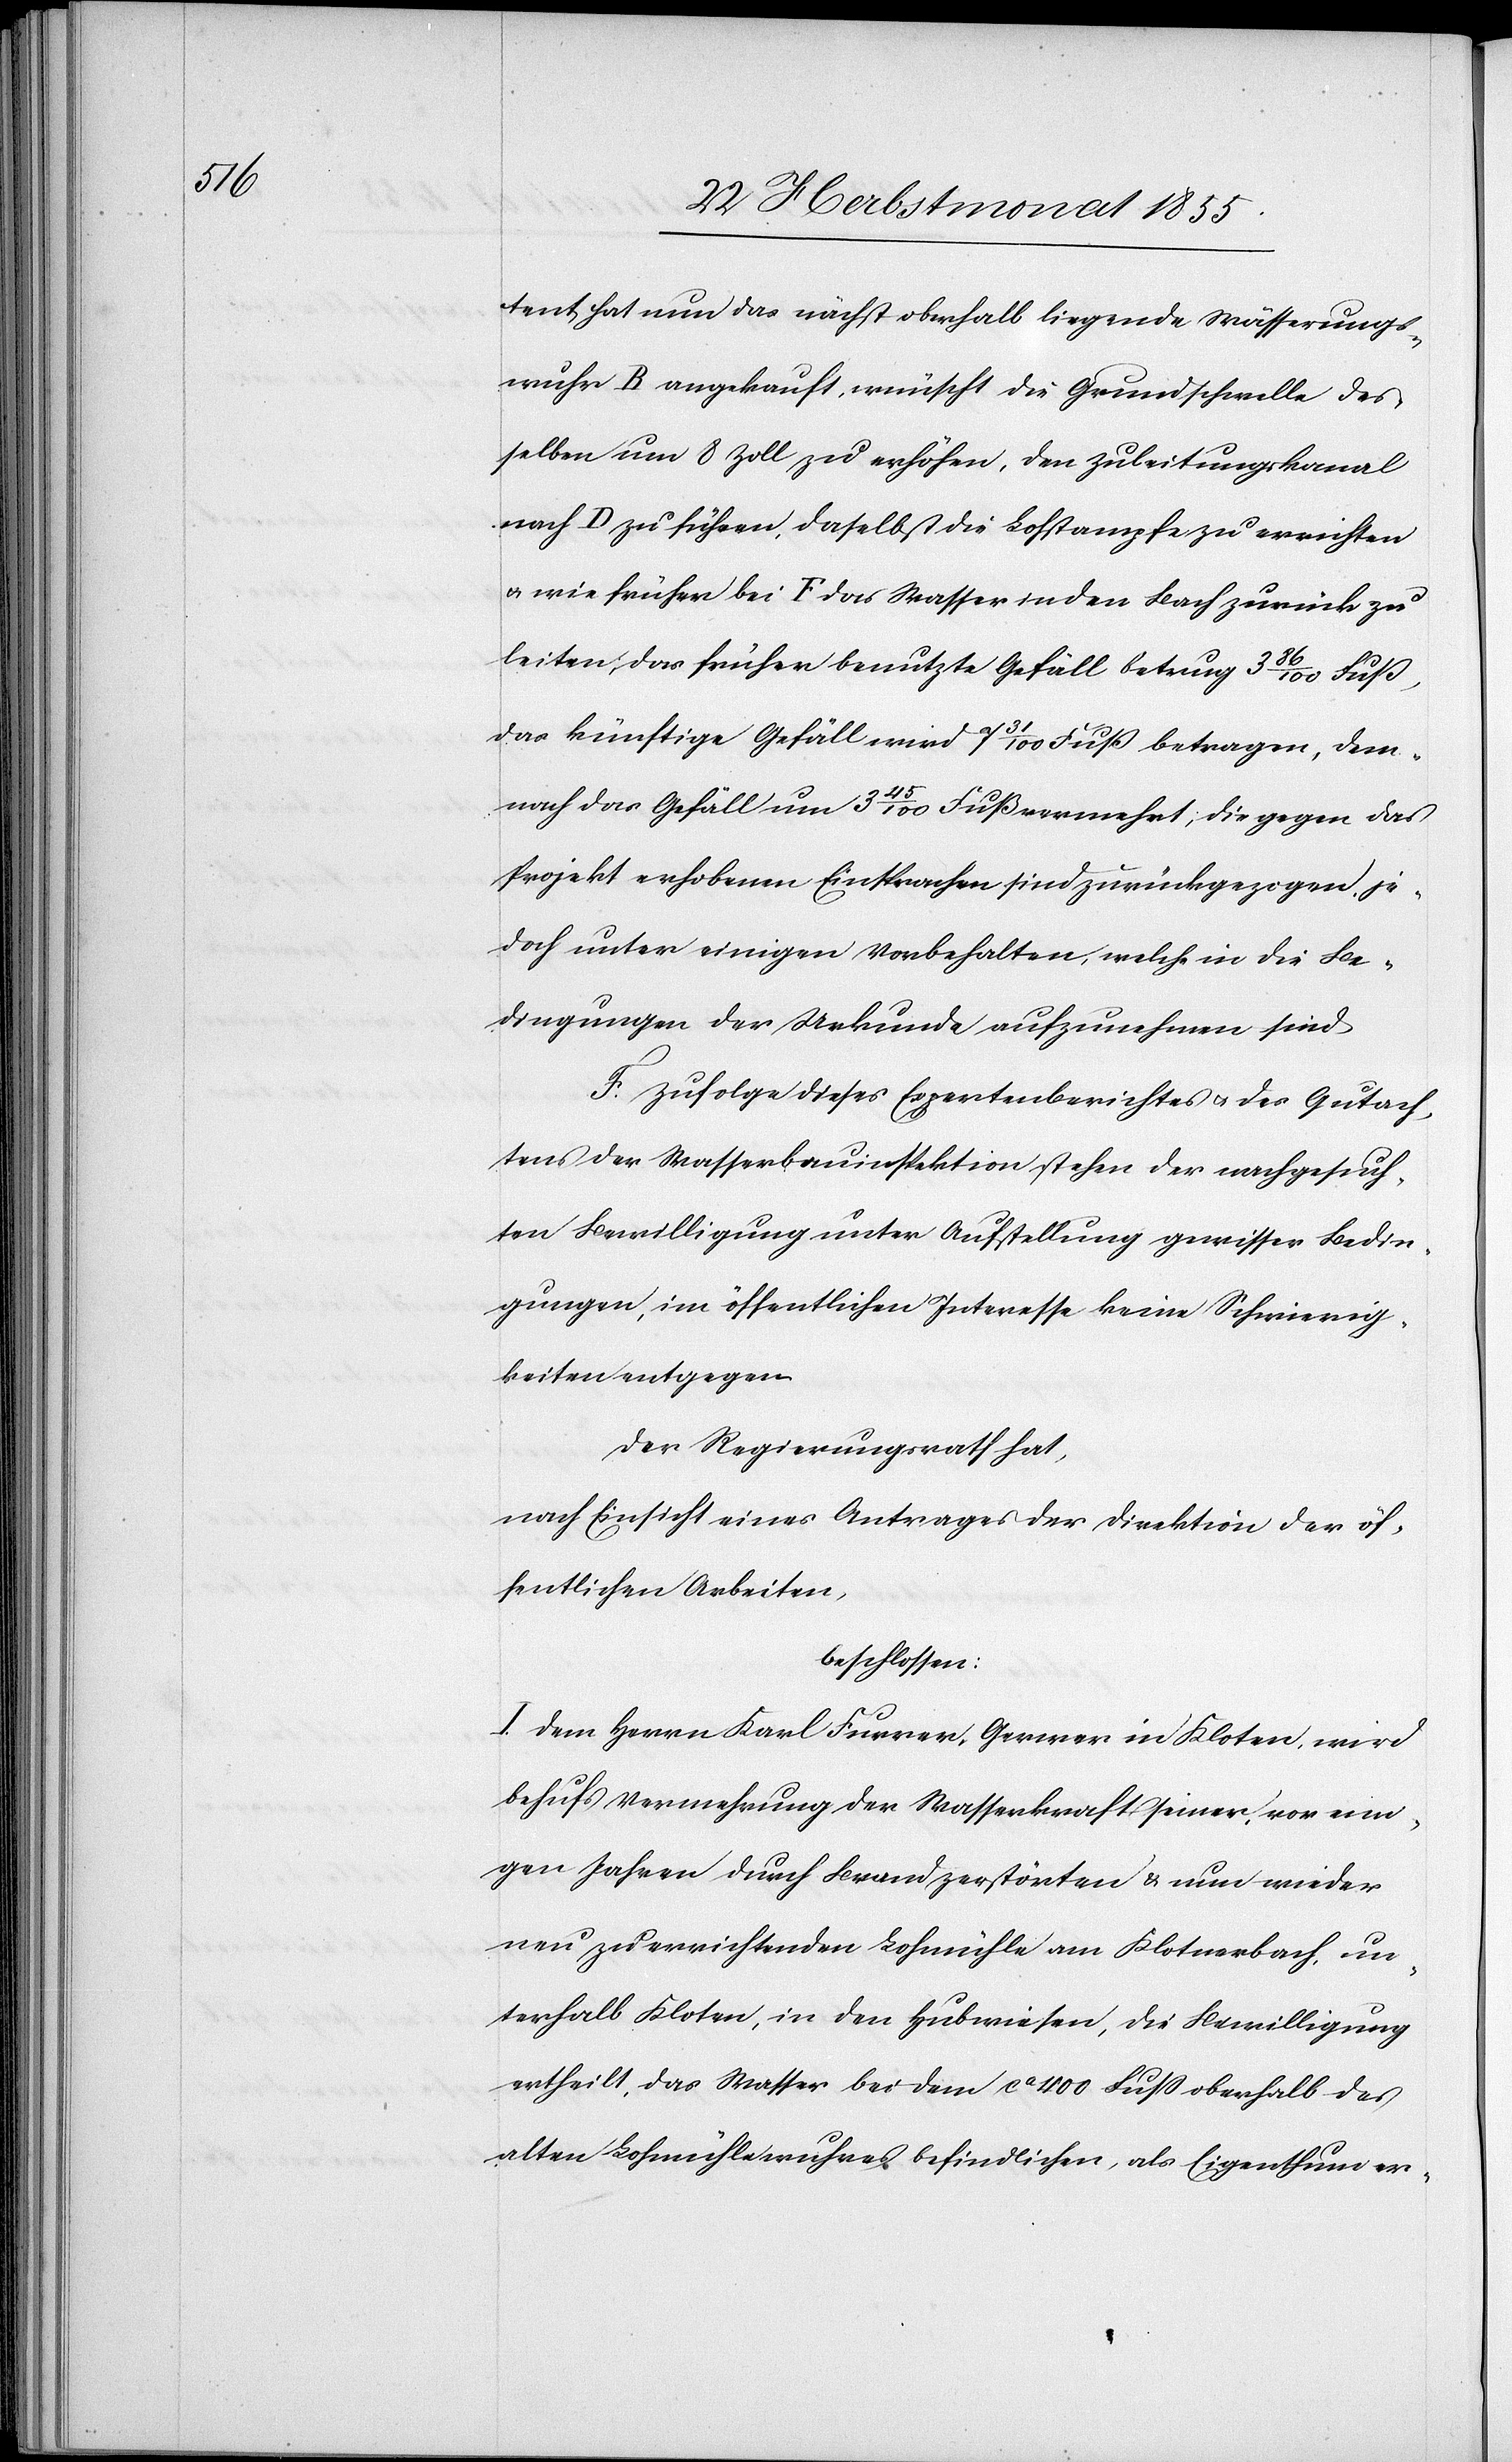
tent hat nun das nächst oberhalb liegende Wässerungs¬
wuhr B angekauft, wünscht die Grundschwelle des¬
selben um 8 Zoll zu erhöhen, den Zuleitungskanal
nach D zu führen, daselbst die Lohstampfe zu errichten
& wie früher bei F das Wasser in den Bach zurück zu
leiten; das früher benutzte Gefäll betrug 3 86/100 Fuß,
das künftige Gefäll wird 7 31/100 Fuß betragen, dem¬
nach das Gefäll um 3 45/100 Fuß vermehrt; die gegen das
Projekt erhobenen Einsprachen sind zurückgezogen, je¬
doch unter einigen Vorbehalten, welche in die Be¬
dingungen der Urkunde aufzunehmen sind.
F. Zufolge dieses Expertenberichtes & des Gutach¬
tens der Wasserbauinspektion stehen der nachgesuch¬
ten Bewilligung unter Aufstellung gewisser Bedin¬
gungen, im öffentlichen Interesse keine Schwierig¬
keiten entgegen.
Der Regierungsrath hat,
nach Einsicht eines Antrages der Direktion der öf¬
fentlichen Arbeiten,
beschlossen:
I. Dem Herrn Karl Furrer, Gerwer in Kloten, wird
behufs Vermehrung der Wasserkraft seiner, vor eini¬
gen Jahren durch Brand zerstörten & nun wieder
neu zu errichtenden Lohmühle am Klotnerbach, un¬
terhalb Kloten, in den Hubwiesen, die Bewilligung
ertheilt, das Wasser bei dem ca 400 Fuss oberhalb des
alten Lohmühlewuhres befindlichen, als Eigenthum er-